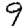
Digit: 9